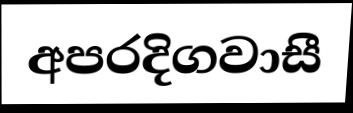
අපරදිගවාසී